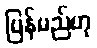
ပြန်မည်ဟု